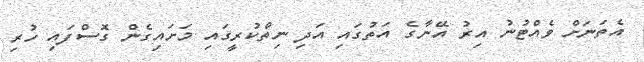
އެތަނަށް ވެއްޓުނު އިރު އޭނާގެ އަތުގައި އަދި ނިތްކުރީގައި މަށައިގެން ގޮސްފައި ހުރި